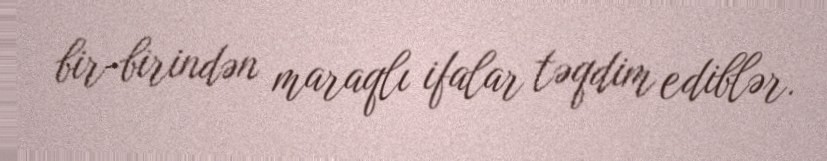
bir-birindən maraqlı ifalar təqdim ediblər.